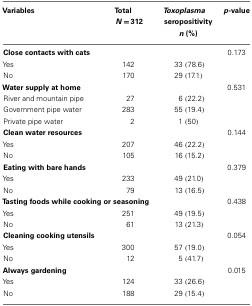
<table><thead><tr><td><b>Variables</b></td><td><b>Total <i>N</i> = 312</b></td><td><b><i>Toxoplasma</i> seropositivity <i>n</i> (%)</b></td><td><b><i>p</i>-value</b></td></tr></thead><tbody><tr><td><b>Close contacts with cats</b></td><td></td><td></td><td>0.173</td></tr><tr><td>Yes</td><td>142</td><td>33 (78.6)</td><td></td></tr><tr><td>No</td><td>170</td><td>29 (17.1)</td><td></td></tr><tr><td><b>Water supply at home</b></td><td></td><td></td><td>0.531</td></tr><tr><td>River and mountain pipe</td><td>27</td><td>6 (22.2)</td><td></td></tr><tr><td>Government pipe water</td><td>283</td><td>55 (19.4)</td><td></td></tr><tr><td>Private pipe water</td><td>2</td><td>1 (50)</td><td></td></tr><tr><td><b>Clean water resources</b></td><td></td><td></td><td>0.144</td></tr><tr><td>Yes</td><td>207</td><td>46 (22.2)</td><td></td></tr><tr><td>No</td><td>105</td><td>16 (15.2)</td><td></td></tr><tr><td><b>Eating with bare hands</b></td><td></td><td></td><td>0.379</td></tr><tr><td>Yes</td><td>233</td><td>49 (21.0)</td><td></td></tr><tr><td>No</td><td>79</td><td>13 (16.5)</td><td></td></tr><tr><td colspan="2"><b>Tasting foods while cooking or seasoning</b></td><td></td><td>0.438</td></tr><tr><td>Yes</td><td>251</td><td>49 (19.5)</td><td></td></tr><tr><td>No</td><td>61</td><td>13 (21.3)</td><td></td></tr><tr><td><b>Cleaning cooking utensils</b></td><td></td><td></td><td>0.054</td></tr><tr><td>Yes</td><td>300</td><td>57 (19.0)</td><td></td></tr><tr><td>No</td><td>12</td><td>5 (41.7)</td><td></td></tr><tr><td><b>Always gardening</b></td><td></td><td></td><td>0.015</td></tr><tr><td>Yes</td><td>124</td><td>33 (26.6)</td><td></td></tr><tr><td>No</td><td>188</td><td>29 (15.4)</td><td></td></tr></tbody></table>